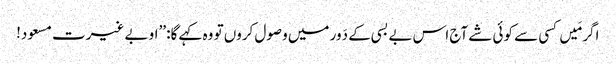
اگر مَیں کسی سے کوئی شے آج اس بے بسی کے دَور میں وصول کروں تو وہ کہے گا: ’’او بے غیرت مسعود!